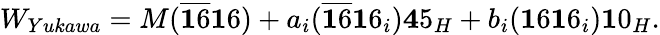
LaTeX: W_{Yukawa}=M(\overline{{{{\mathbf 16}}}}{\mathbf 16})+a_{i}(\overline{{{{\mathbf 16}}}}{\mathbf 16}_{i}){\mathbf 45}_{H}+b_{i}({\mathbf 16}{\mathbf 16}_{i}){\mathbf 10}_{H}.